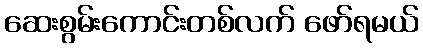
ဆေးစွမ်းကောင်းတစ်လက် ဖော်ရမယ်